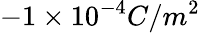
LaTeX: -1\times 10^{-4}C/m^{2}